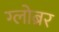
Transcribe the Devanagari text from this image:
ग्लोब्रर